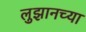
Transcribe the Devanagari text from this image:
लुझानच्या